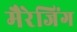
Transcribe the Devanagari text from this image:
मैरेजिंग